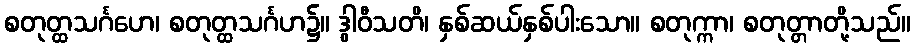
စတုတ္ထသင်္ဂဟေ၊ စတုတ္ထသင်္ဂဟ၌။ ဒွါဝီသတိ၊ နှစ်ဆယ်နှစ်ပါးသော။ စတုက္ကာ၊ စတုတ္တာတို့သည်။